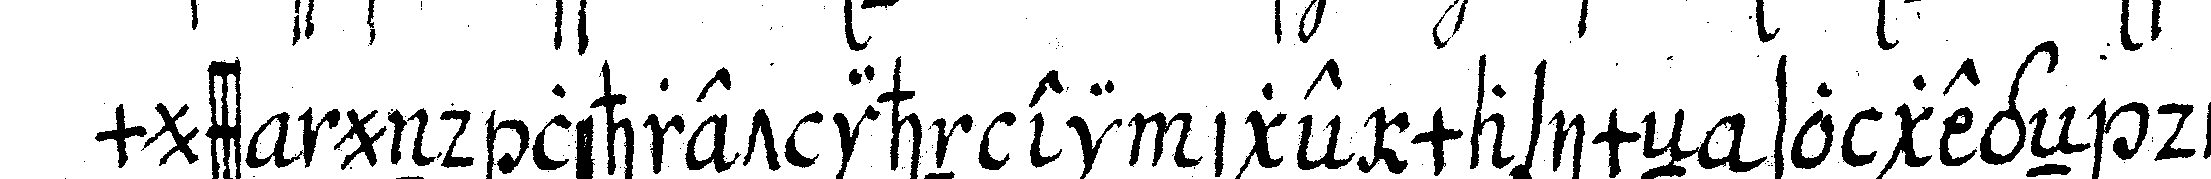
muss und lehret ihn einige maximeN so gegeN die